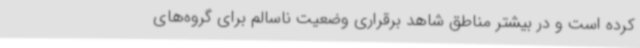
کرده است و در بیشتر مناطق شاهد برقراری وضعیت ناسالم برای گروه‌های